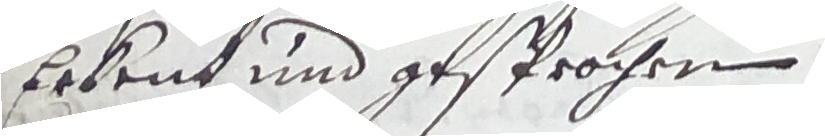
Erkent und gesprochen.